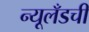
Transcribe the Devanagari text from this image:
न्यूलँडची